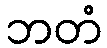
ဘတံ